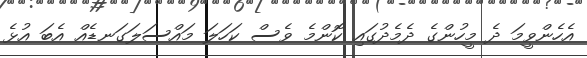
އެހެންވީމަ ދެ މީހުންގެ ދެމެދުގައި ކޮންމެ ވެސް ކަހަލަ މައްސަލަގަނޑެއް އެބަ އުޅެ